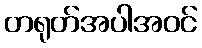
တရုတ်အပါအဝင်